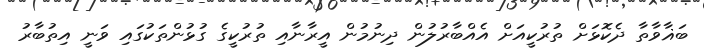
ބަޣާވާތާ ދެކޮޅަށް ތުރުކީއަށް އެއްބާރުލުން ދިނުމުން އީރާނާއި ތުރުކީގެ ގުޅުންތަކުގައި ވަނީ އިތުބާރު